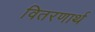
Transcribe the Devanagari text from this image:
वितरणार्थ